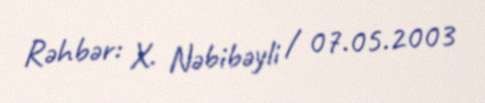
Rəhbər: X. Nəbibəyli / 07.05.2003